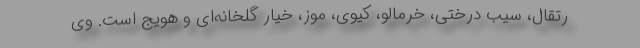
رتقال، سیب درختی، خرمالو، کیوی، موز، خیار گلخانه‌ای و هویج است. وی